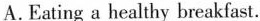
A.Eating a healthy breakfast.